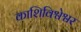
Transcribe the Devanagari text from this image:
काशिविश्वेश्वर